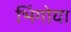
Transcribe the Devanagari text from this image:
भिंगोया